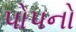
પોપનો